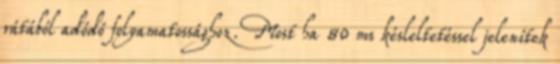
rátából adódó folyamatossághoz. Most ha 80 ms késleltetéssel jelenítek